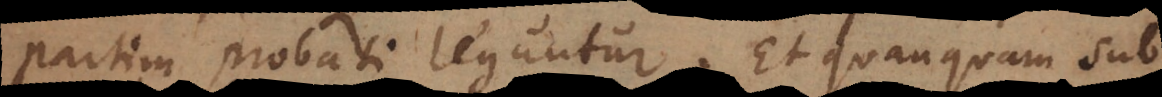
partim probati leguntur. Et quanquam sub